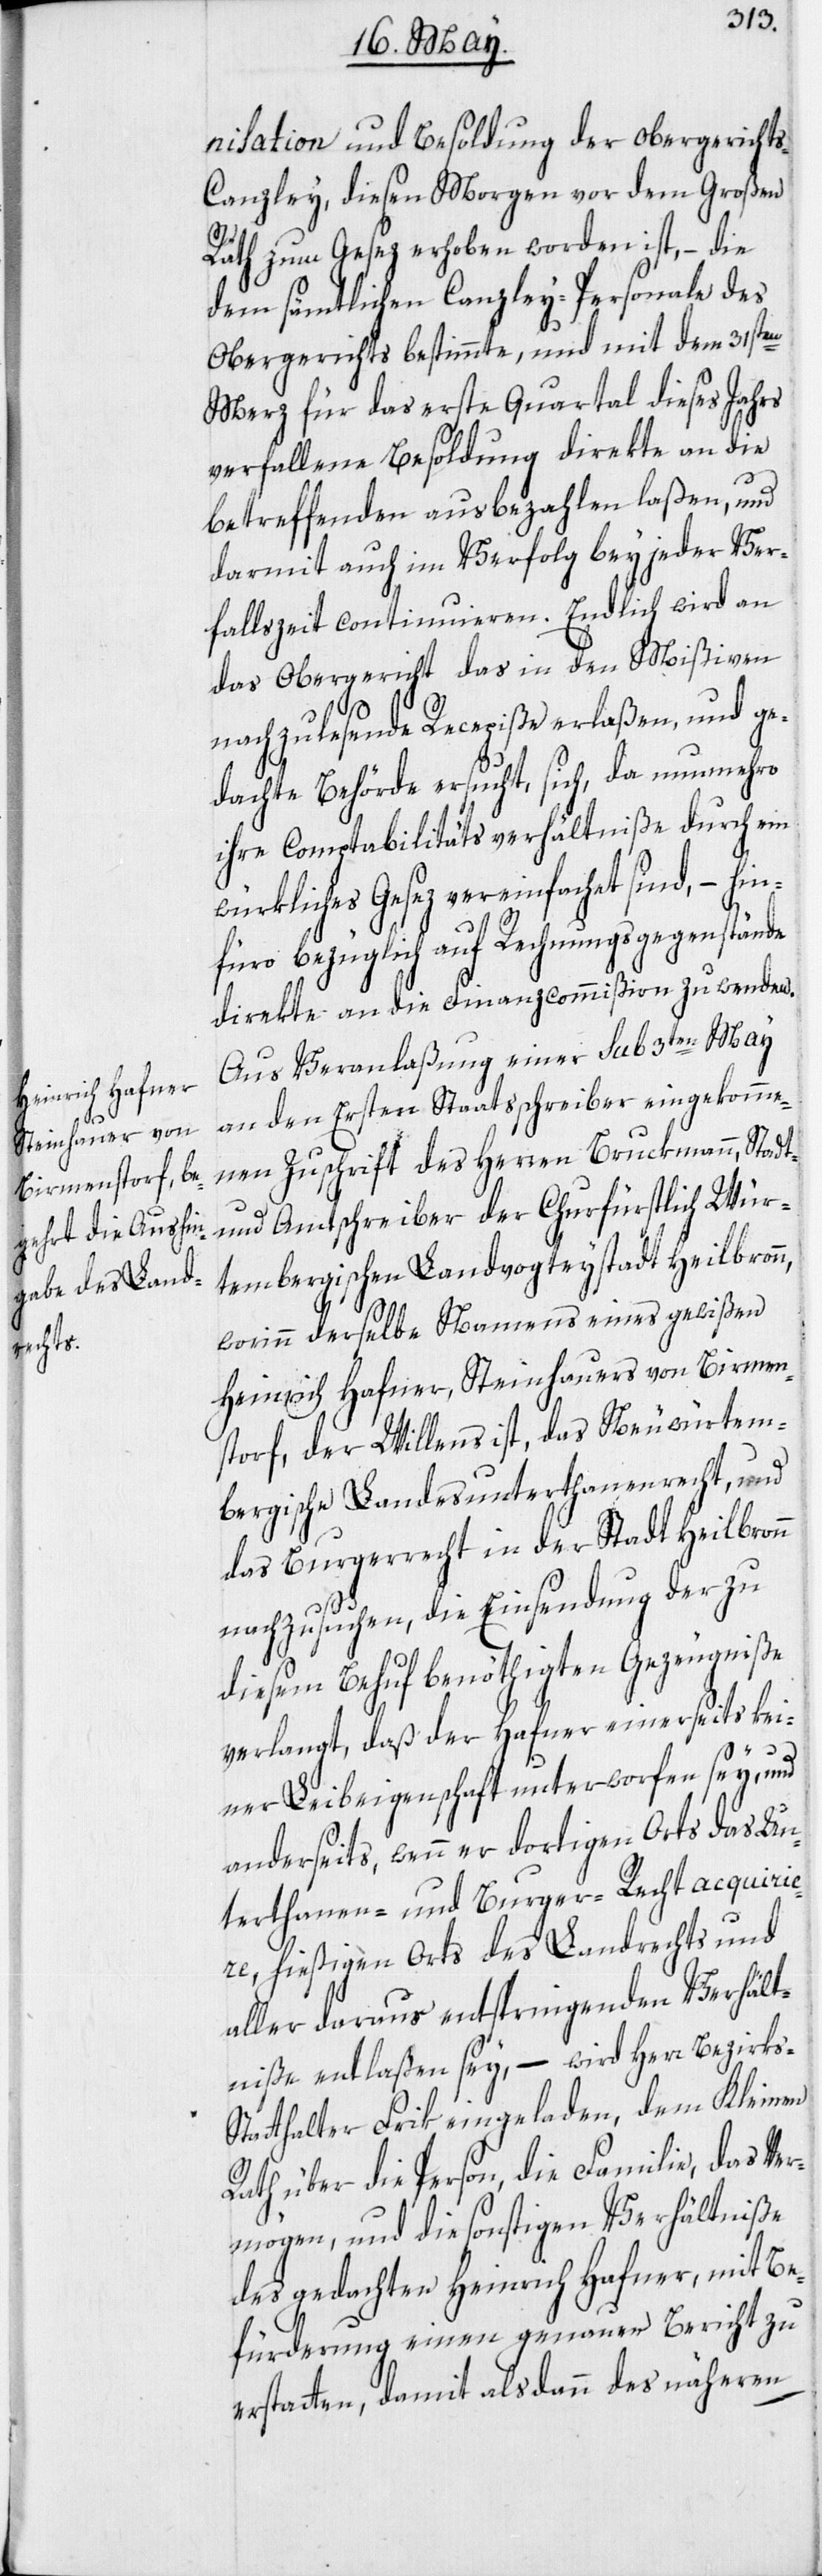
nisation und Besoldung der Obergericht¬
s-Canzley, diesen Morgen vor dem Großen
Rath zum Gesez erhoben worden ist, – die
dem sämtlichen Canzley-Personale des
Obergerichts bestimmte, und mit dem 31sten
Merz für das erste Quartal dieses Jahrs
verfallene Besoldung direkte an die
betreffenden ausbezahlen laßen, und
darmit auch im Verfolg bey jeder Ver¬
fallszeit continuieren. Endlich wird an
das Obergericht das in den Mißiven
nachzulesende Recepiße erlaßen, und ge¬
dachte Behörde ersucht, sich, da nunmehro
ihre Comptabilitätsverhältniße durch ein
würkliches Gesez vereinfachet sind, – hin¬
füro bezüglich auf Rechnungsgegenstände
direkte an die Finanzcommißion zu wenden.
Aus Veranlaßung einer sub 3ten May
an den Ersten Staatsschreiber eingekomme¬
nen Zuschrift des Herren Bruckmann, Stadt-
und Amtschreiber der Churfürstlich Wür¬
tembergischen Landvogteystadt Heilbronn,
worinn derselbe Namens eines gewißen
Heinrich Hafner, Steinhauers von Birmen¬
storf, der Willens ist, das Neuwürtem¬
bergische Landesunterthanenrecht, und
das Burgerrecht in der Stadt Heilbronn
nachzusuchen, die Einsendung der zu
verlangt, daß der Hafner einerseits kei¬
ner Leibeigenschaft unterworfen sey, und
anderseits, wenn er dortigen Orts das Un¬
terthanen- und Burger-Recht acquirie¬
re, hießigen Orts des Landrechts und
aller daraus entspringenden Verhält¬
niße entlaßen sey, – wird Herr Bezirks-S¬
tatthalter Frik eingeladen, dem Kleinen
Rath über die Person, die Familie, das Ver¬
mögen, und die sonstigen Verhältniße
des gedachten Heinrich Hafner, mit Be¬
fürderung einen genauen Bericht zu
erstatten, damit alsdann des näheren